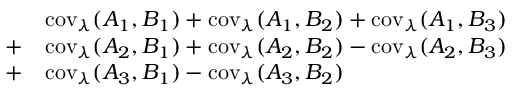
\begin{array} { r l } & { \operatorname { c o v } _ { \lambda } ( A _ { 1 } , B _ { 1 } ) + \operatorname { c o v } _ { \lambda } ( A _ { 1 } , B _ { 2 } ) + \operatorname { c o v } _ { \lambda } ( A _ { 1 } , B _ { 3 } ) } \\ { + } & { \operatorname { c o v } _ { \lambda } ( A _ { 2 } , B _ { 1 } ) + \operatorname { c o v } _ { \lambda } ( A _ { 2 } , B _ { 2 } ) - \operatorname { c o v } _ { \lambda } ( A _ { 2 } , B _ { 3 } ) } \\ { + } & { \operatorname { c o v } _ { \lambda } ( A _ { 3 } , B _ { 1 } ) - \operatorname { c o v } _ { \lambda } ( A _ { 3 } , B _ { 2 } ) } \end{array}